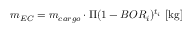
m _ { E C } = m _ { c a r g o } \cdot \Pi { ( 1 - B O R _ { i } ) ^ { t _ { i } } } \ [ \mathrm { k g } ]